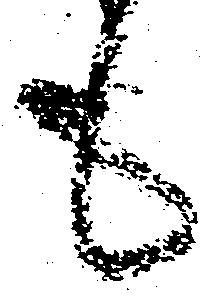
も